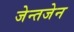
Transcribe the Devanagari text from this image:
जेन्तजेन